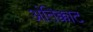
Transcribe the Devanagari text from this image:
अंतिक्काट